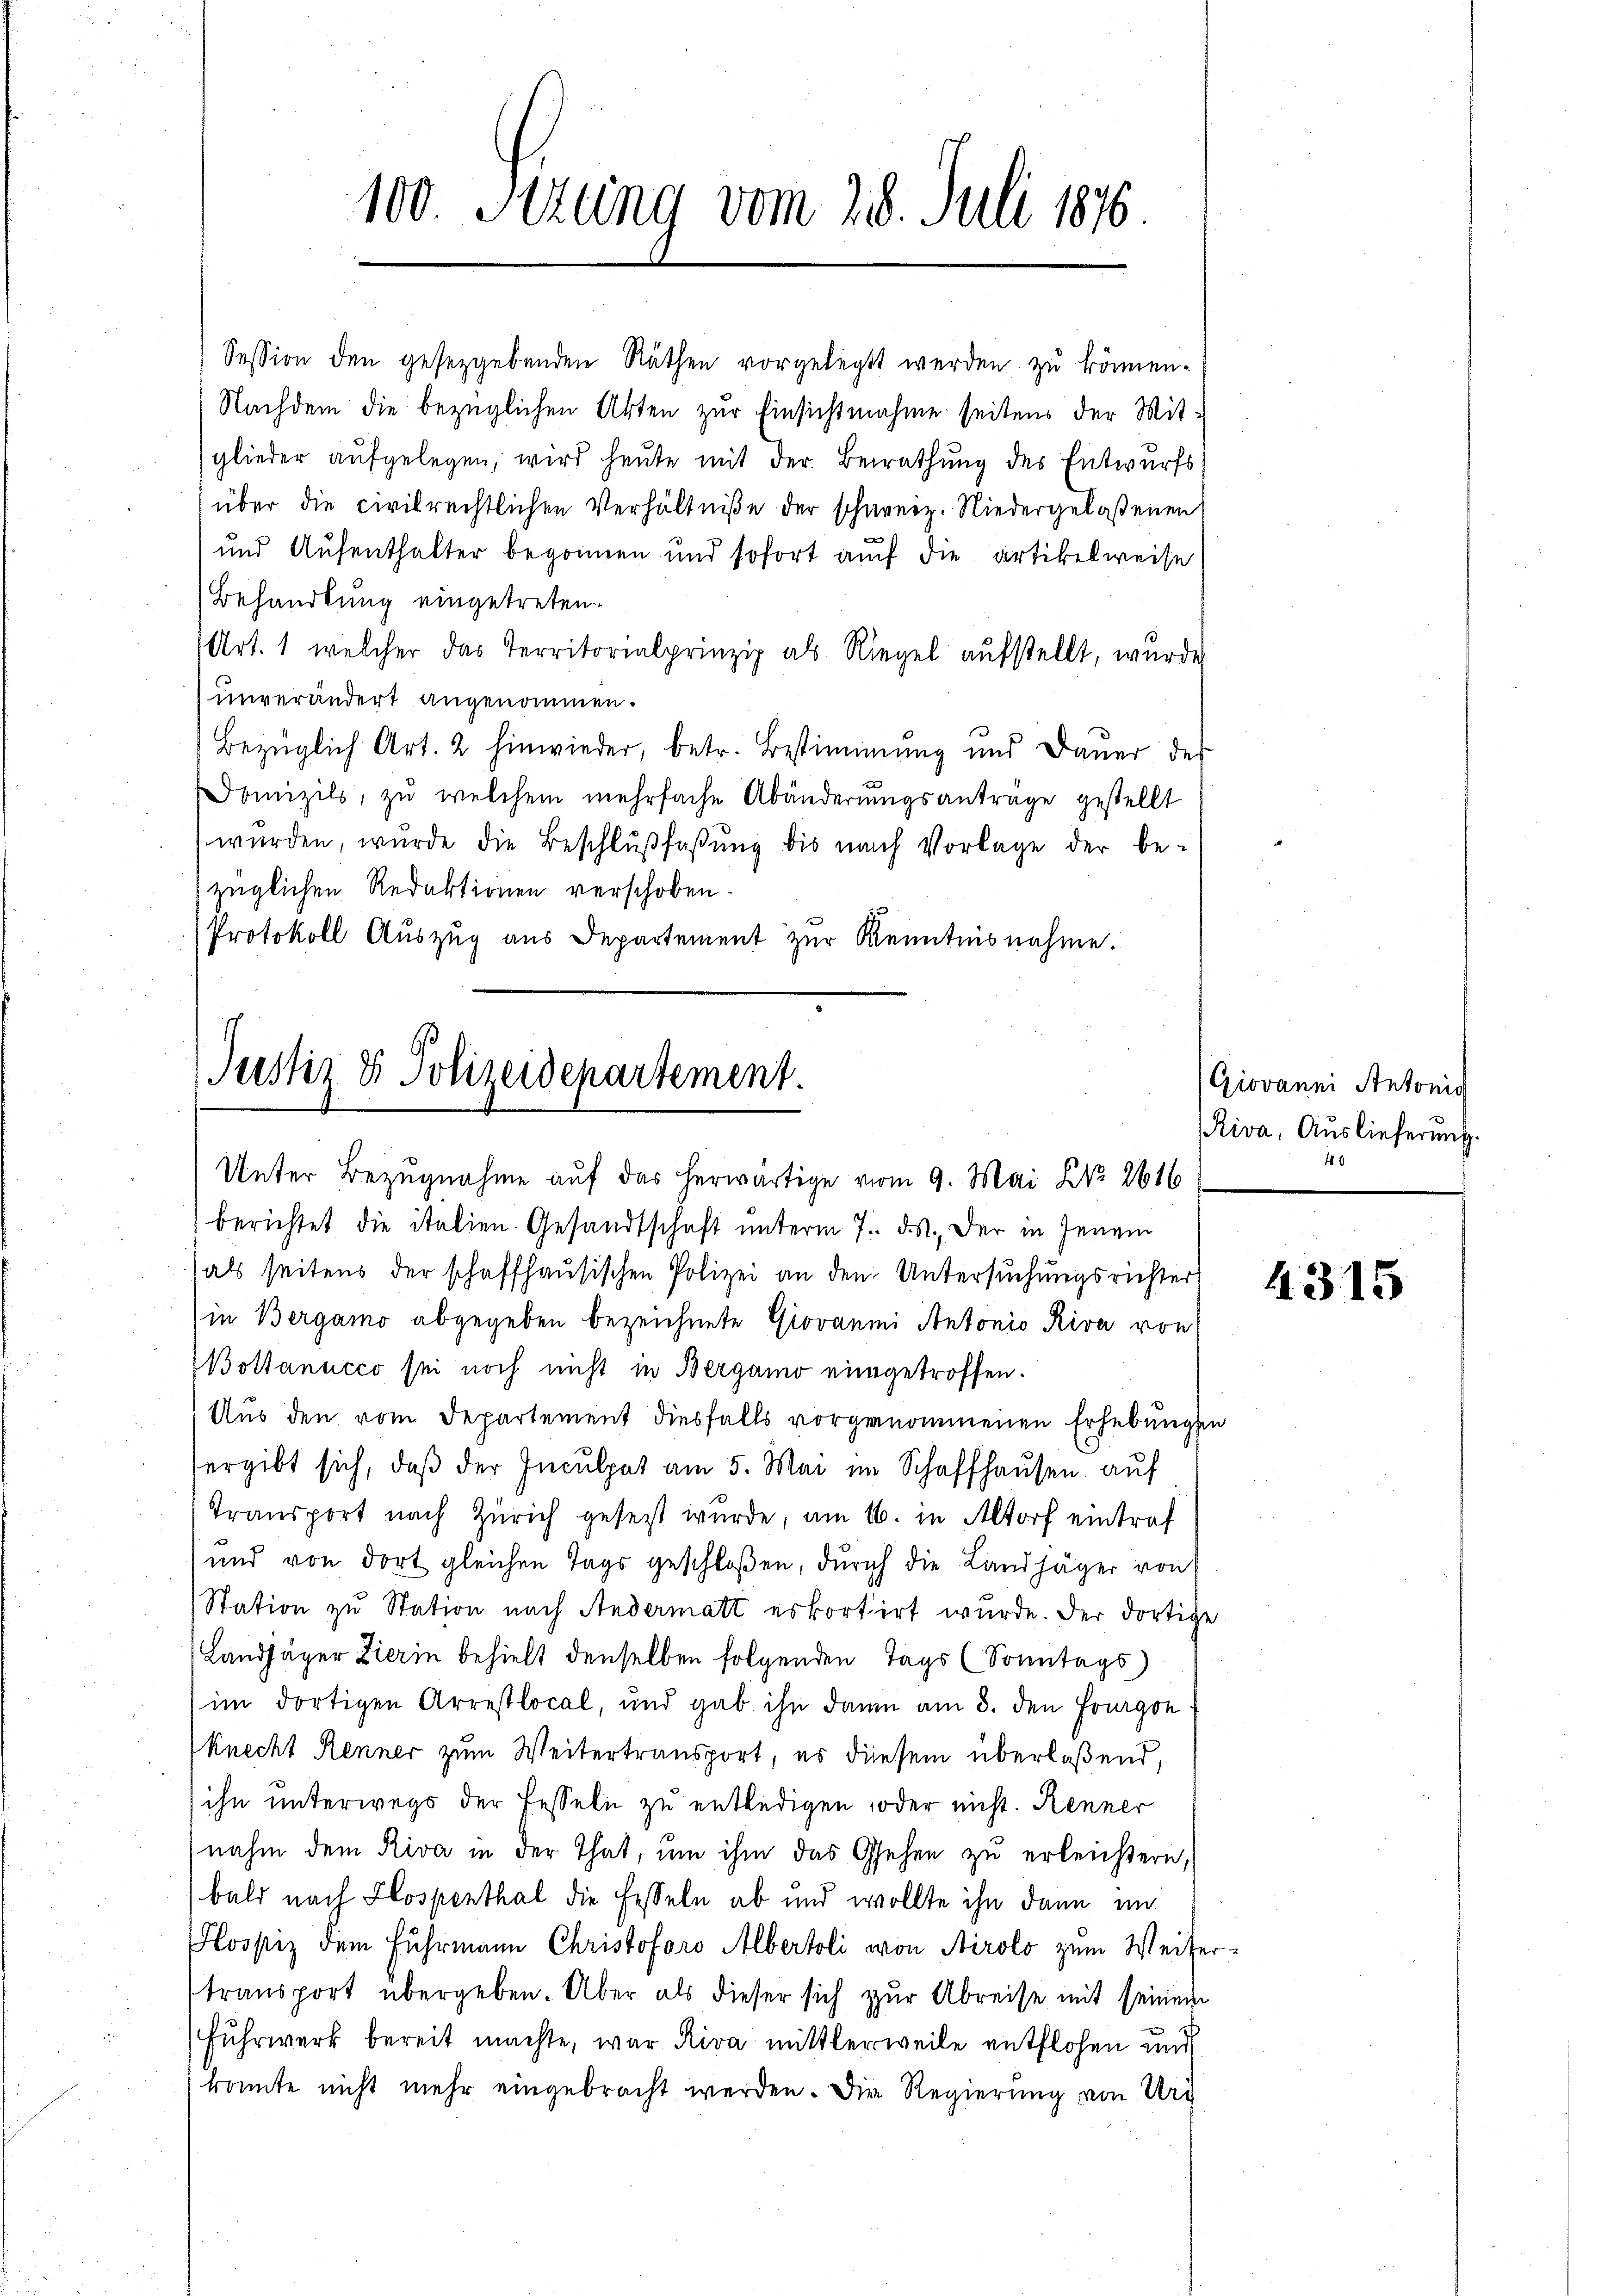
100 Sizung vom 28. Juli 1876

Session den gesetzgebenden Räthen vorgelegt werden zu können-
Nachdem die bezüglichen Akten zur Einsichtnahme seitens der Mitglieder aufgelegen, wird heute mit der Berathung des Entwurfs
über die civilrechtlichen Verhältniße der schweiz. Niedergelaßenen
und Aufenthalter begonnen und sofort auf die artikelweise
Behandlung eingetreten.
Art. 1 welcher das Territorialprinzip als Riegel aufstellt, wurde
unverändert angenommen.
Bezüglich Art. 2 hinwieder, betr. Bestimmung und Dauer des
Domizils, zŭ welchem mehrfache Abänderŭngsanträge gestellt
wurden, wurde die Beschlußfaßung bis nach Vorlage der be-
züglichen Redaktionen verschoben.
Protokoll Auszug aus Departement zur Kenntnisnahme.
berichtet die italien. Gesandtschaft unterm 7. ds., der in jenem
als seitens der schaffhausischen Polizei an den Untersuchungsrichter
in Bergamo abgegeben bezeichnete Giovanii Antonio Riva von
Bottanncco sei noch nicht in Bergamo eingetroffen.
Aus den vom Departement diesfalls vorgenommenen Erhebungen
ergibt sich, daβ der Inculpat am 5. Mai im Schaffhausen auf
Transport nach Zürich gesetzt wurde, am 16. in Altorf eintraf
und von dort gleichen Tags geschloßen, durch die Landjäger von
Station zu Station nach Andermatt erkortirt wurde. Der dortige
Landjäger Zierin behielt denselben folgenden Tags (Sonntags)
im dortigen Arrestlocal, und gab ihn dann am 8. den Fourgon
knecht Renner zum Weitertransport, es diesem überlaßend,
ihn unterwegs der Fesseln zu entledigen, oder nicht. Renner
nahm dem Riva in der That, um ihm das Gehen zu erleichtern,
bald nach Hospenthal die Fesseln ab und wollte ihn dann im
Hospiz dem Fuhrmann Christoforo Albertoli von Airolo zum Weiter
transport übergeben. Aber als dieser sich zur Abreise mit seinem
Fuhrwerk bereit machte, war Riva mittlerweile entflohen und
konnte nicht mehr eingebracht werden. Die Regierung von Urt

Justiz & Polizeidepartement.
Unter Bezugnahme auf das herwärtige vom 9. Mai No 2616

Giovann Antonis
Riva, Auslieferung.
6

4315